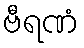
ဗီရဏံ